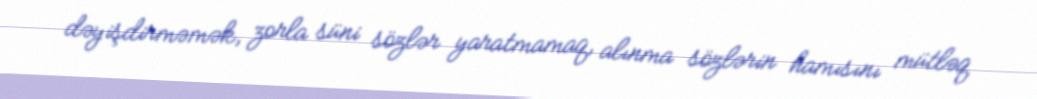
dəyişdirməmək, zorla süni sözlər yaratmamaq, alınma sözlərin hamısını mütləq